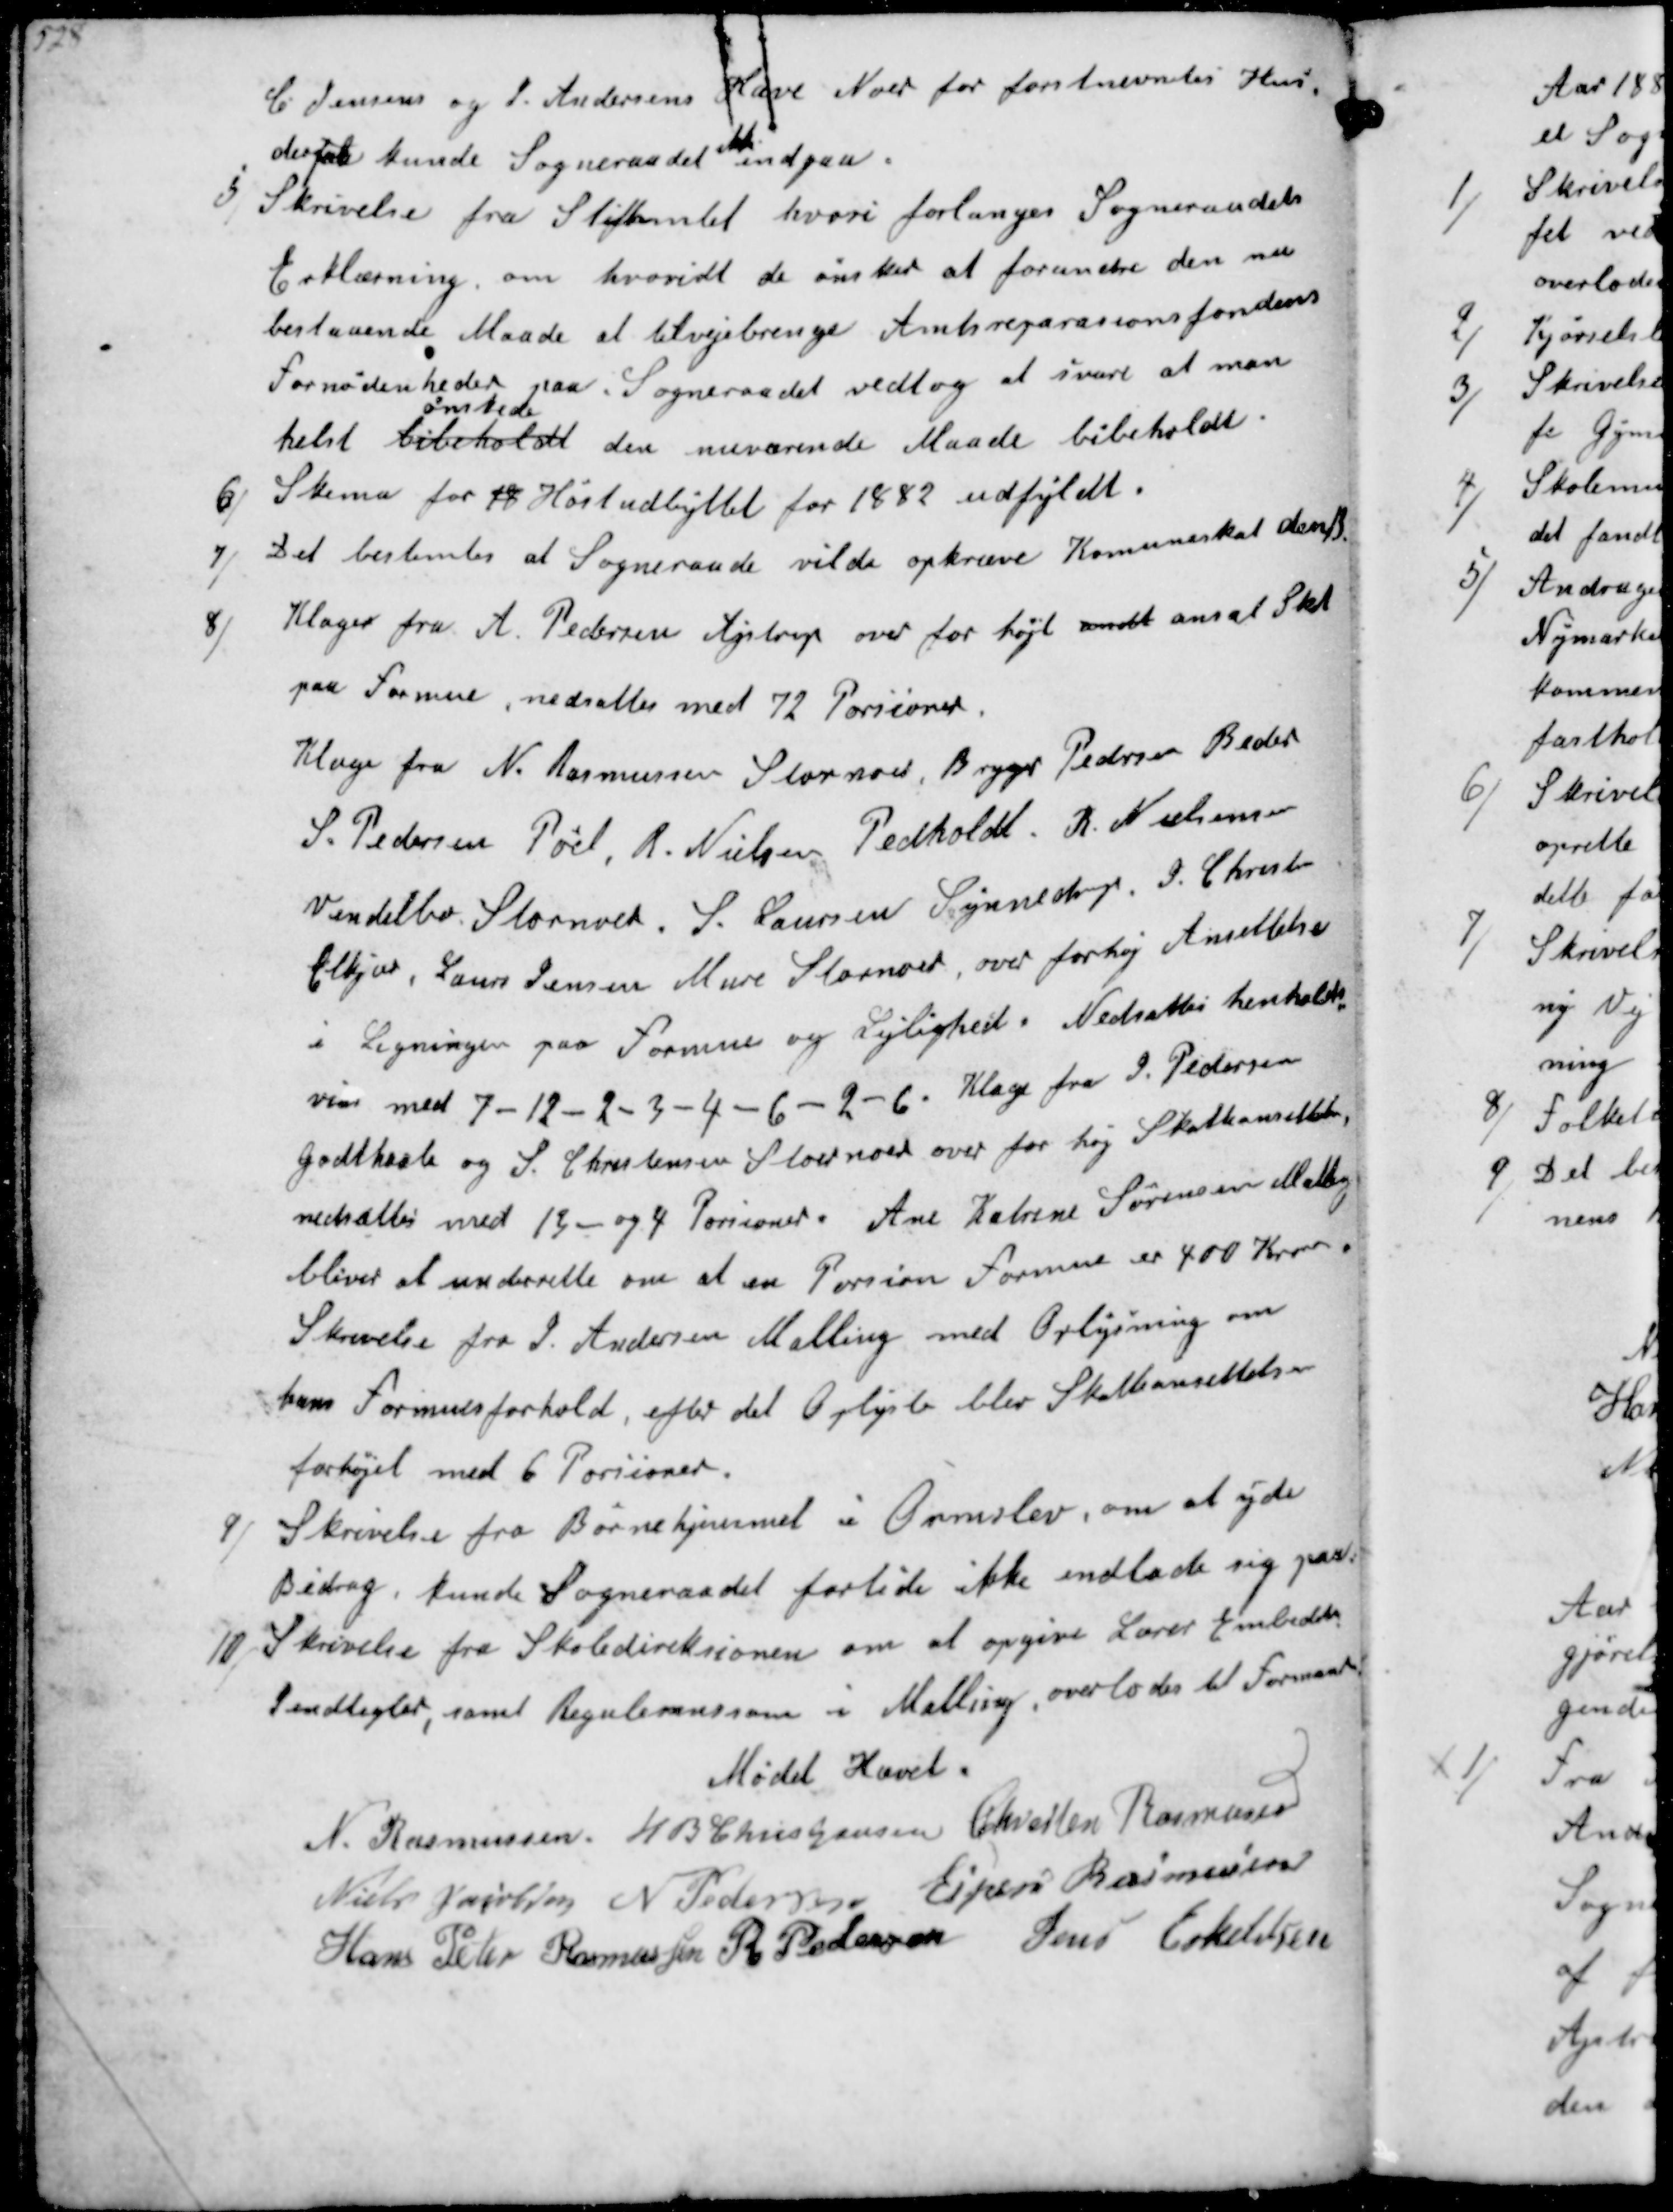
Transskription:
L. Jensens og P. Andersens Have Nord for forstanderens Hus,
derpaa kunde Sogneraadet ikke indgaa.
5/
Skrivelse fra Stiftamtet hvori forlanges Sogneraadets
Erklæring om hvorvidt de ønsker at forandre den nu
bestaaende Maade at tilvejebrenge Amtsreparationsfondens
fornødenheder paa. Sogneraadet vedtog at svare at man 
helst bibeholdt
ønskede
den nuværende Maade bibeholdt.
6/
Skema for 18 Høstudbyttet for 1882 udfyldt.
7/ 
Det bestemtes at Sogneraadet vilde opkræve Kommuneskat den 13.
8/
Klager fra A. Pedersen Ajstrup over for højt ansat Skat
paa formue, nedsattes med 72 Porsioner.
Klage fra N. Rasmussen Storenord, Brygger Pedersen Beder
S. Pedersen Pøel, R. Nielsen Pedholdt. R. Nielsen
Vendelbo. Stornord. S. Laursen Synnedrup. J. Christian
Elkjær, Laurss Jensen Mure Stornord, over forhøj Ansættelse
i Ligningen paa formue og Lejlighed. Nedsattes henholds-
vis med 7-12-2-3-4-6-2-6. Klage fra J. Pedersen
Godthaab og S. Christensen Stornord over for høj Skatteansettelse
nedsattes med 13- og 4 Porsioner. Ane Katrine Sørensen Malling
bliver at underette om at en Porsion Formue er 400 kroner.
Skrivelse fra J. Andersen Malling med Oplysning om
hans Formues forhold, efter det Oplyste blev Skatteansettelsen
forhøjet med 6 Porsioner.
9/
Skrivelse fra Børnehjemmet i Ormslev, om at yde
Bidrag, kunde Sogneraadet fortide ikke indlade sig paa. 
10/
Skrivelse fra Skoledireksionen om at opgive Lærer Embedets
Indtegter, samt Regulere som i Malling. overlodes til Formanden
Mødet Hævet.
N. Rasmussen
H B Christjansen
Chresten Rasmussen
Niels Jakobsen
N Pedersen
Ejner Rasmussen
Hans Peter Rasmussen
R Pedersen
Jens Eskildsen